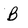
Character: B